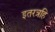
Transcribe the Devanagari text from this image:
इतरत्रहि